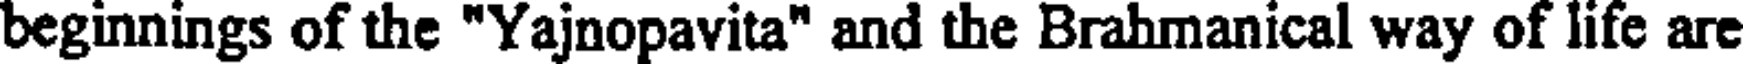
beginnings of the "Yajnopavita" and the Brahmanical way of life are